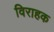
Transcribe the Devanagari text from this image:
विराहक